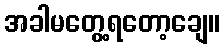
အခါမတွေ့ရတော့ချေ။